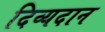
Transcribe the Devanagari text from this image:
दिव्यदान